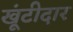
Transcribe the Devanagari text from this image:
खूंटीदार